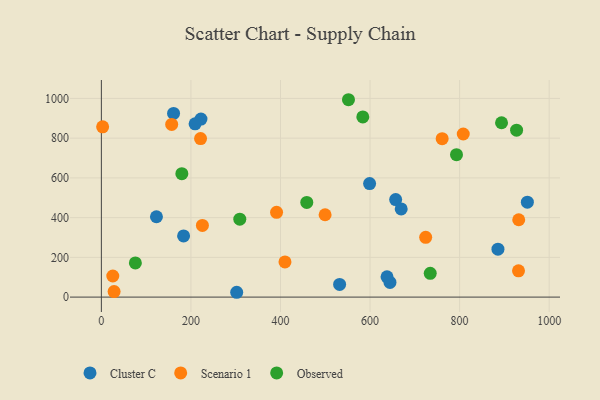
{"axis": {"x": "Experience", "y": "Sales"}, "legend": ["Cluster C", "Observed", "Scenario 1"], "data": [{"x": "951.3", "y": 477.6, "type": "Cluster C"}, {"x": "657.2", "y": 490.7, "type": "Cluster C"}, {"x": "161.2", "y": 924.3, "type": "Cluster C"}, {"x": "669.5", "y": 443.6, "type": "Cluster C"}, {"x": "644.5", "y": 73.7, "type": "Cluster C"}, {"x": "222.4", "y": 895.9, "type": "Cluster C"}, {"x": "123.0", "y": 404.4, "type": "Cluster C"}, {"x": "209.3", "y": 872.4, "type": "Cluster C"}, {"x": "637.9", "y": 102.1, "type": "Cluster C"}, {"x": "183.6", "y": 308.0, "type": "Cluster C"}, {"x": "599.0", "y": 571.6, "type": "Cluster C"}, {"x": "302.2", "y": 24.3, "type": "Cluster C"}, {"x": "885.6", "y": 241.0, "type": "Cluster C"}, {"x": "532.0", "y": 63.6, "type": "Cluster C"}, {"x": "808.1", "y": 820.9, "type": "Scenario 1"}, {"x": "25.5", "y": 106.2, "type": "Scenario 1"}, {"x": "225.6", "y": 360.9, "type": "Scenario 1"}, {"x": "932.0", "y": 389.3, "type": "Scenario 1"}, {"x": "221.5", "y": 798.1, "type": "Scenario 1"}, {"x": "499.6", "y": 414.5, "type": "Scenario 1"}, {"x": "28.4", "y": 27.6, "type": "Scenario 1"}, {"x": "724.2", "y": 300.9, "type": "Scenario 1"}, {"x": "157.0", "y": 869.4, "type": "Scenario 1"}, {"x": "931.5", "y": 132.2, "type": "Scenario 1"}, {"x": "2.8", "y": 857.2, "type": "Scenario 1"}, {"x": "391.2", "y": 426.6, "type": "Scenario 1"}, {"x": "761.0", "y": 797.6, "type": "Scenario 1"}, {"x": "410.0", "y": 176.9, "type": "Scenario 1"}, {"x": "583.8", "y": 906.7, "type": "Observed"}, {"x": "893.6", "y": 877.5, "type": "Observed"}, {"x": "309.1", "y": 392.1, "type": "Observed"}, {"x": "927.2", "y": 840.0, "type": "Observed"}, {"x": "458.7", "y": 476.6, "type": "Observed"}, {"x": "179.7", "y": 621.3, "type": "Observed"}, {"x": "793.0", "y": 716.8, "type": "Observed"}, {"x": "734.4", "y": 119.5, "type": "Observed"}, {"x": "551.8", "y": 993.5, "type": "Observed"}, {"x": "75.9", "y": 172.0, "type": "Observed"}]}